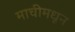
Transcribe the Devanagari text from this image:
माचीमधून